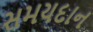
સમયદાન